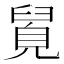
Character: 𮍯